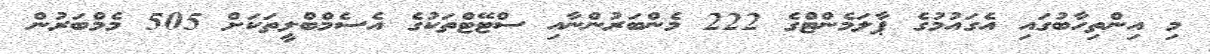
މި އިންތިހާބުގައި އެގައުމުގެ ޕާލަމެންޓްުގެ 222 މެންބަރުންނާއި ސްޓޭޓްތަކުގެ އެެސެމްބްލީތަކަށް 505 މެމްބަރުން